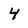
Character: 4